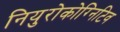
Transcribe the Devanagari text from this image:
नियुरोकोग्निटिव